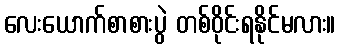
လေးယောက်စာစားပွဲ တစ်ဝိုင်းရနိုင်မလား။